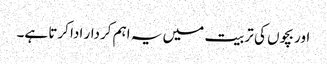
اور بچوں کی تربیت میں یہ اہم کردار ادا کرتا ہے۔